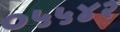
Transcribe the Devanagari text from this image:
०५५४२